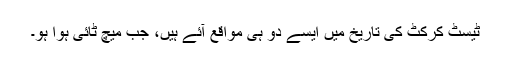
ٹیسٹ کرکٹ کی تاریخ میں ایسے دو ہی مواقع آئے ہیں، جب میچ ٹائی ہوا ہو۔